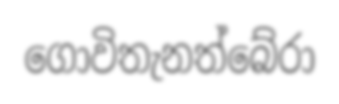
ගොවිතැනත්බේරා